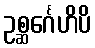
ဥစ္ဆင်္ဂေဟိပိ